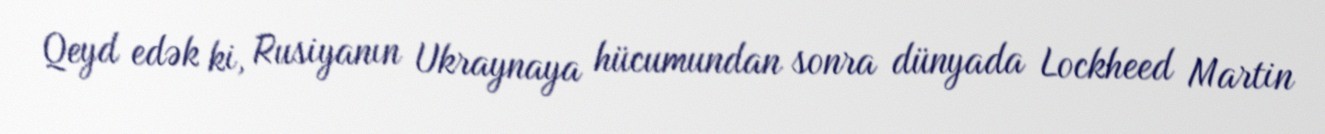
Qeyd edək ki, Rusiyanın Ukraynaya hücumundan sonra dünyada Lockheed Martin